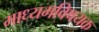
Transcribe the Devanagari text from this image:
माध्यमविषयक